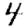
Digit: 4